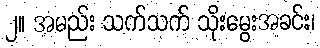
၂။ အမည်း သက်သက် သိုးမွေးအခင်း၊